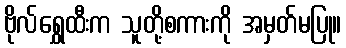
ဗိုလ်ရွှေထီးက သူတို့စကားကို အမှတ်မပြု။